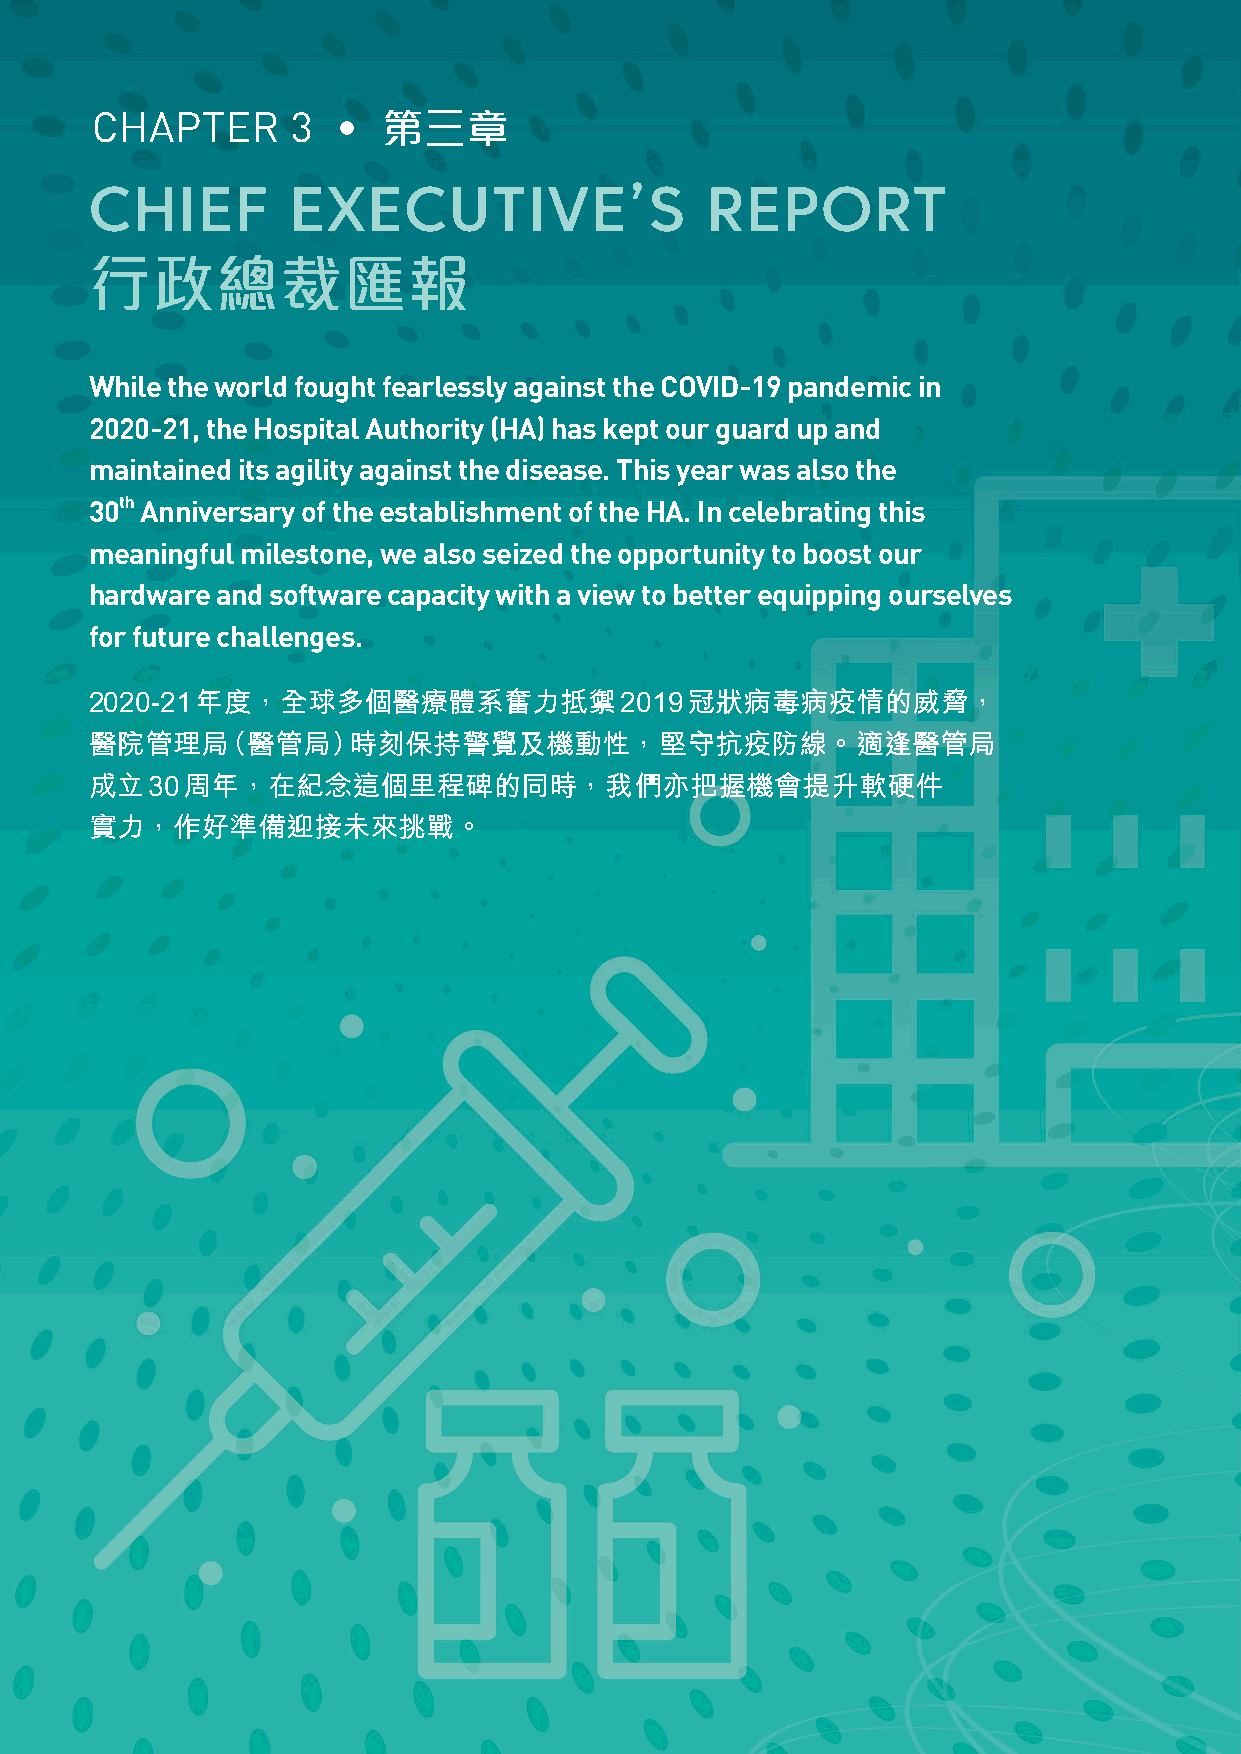
CHAPTER      3  •  第三章
 CHIEF        EXECUTIVE’S                 REPORT
 行政總裁匯報
 While the world fought fearlessly against the COVID-19 pandemic in
 2020-21, the Hospital Authority (HA) has kept our guard up and
 maintained its agility against the disease. This year was also the
 30th Anniversary of the establishment of the HA. In celebrating this
 meaningful milestone, we also seized the opportunity to boost our
 hardware and software capacity with a view to better equipping ourselves
 for future challenges.
 2020-21年度，全球多個醫療體系奮力抵禦2019冠狀病毒病疫情的威脅，
 醫院管理局（醫管局）時刻保持警覺及機動性，堅守抗疫防線。適逢醫管局
 成立30周年，在紀念這個里程碑的同時，我們亦把握機會提升軟硬件
 實力，作好準備迎接未來挑戰。